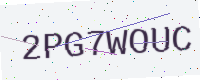
Text: 2PG7WOUC